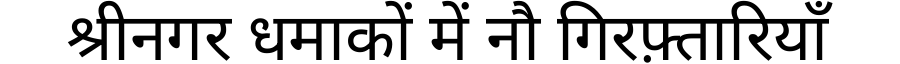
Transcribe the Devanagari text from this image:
श्रीनगर धमाकों में नौ गिरफ़्तारियाँ